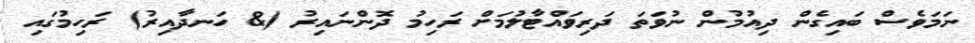
ނަމަވެސް ބައިގެން ދިއުމުން ނުވަތަ ދަރިވައްޓާލުމަށް ރަހިމު ދޮންނައިރު (& ހަނދާއިރު) ރަހިމުގައި